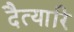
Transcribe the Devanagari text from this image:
दैत्यारि